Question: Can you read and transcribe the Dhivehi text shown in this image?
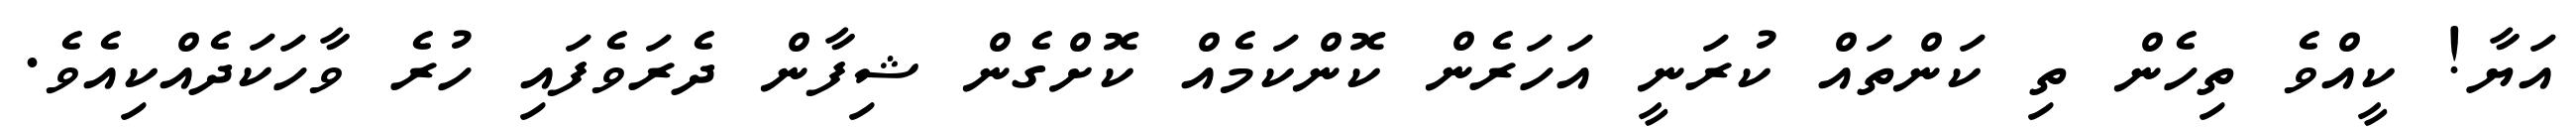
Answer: އަޔާ! ކީއްވެ ތިހެން ތި ކަންތައް ކުރަނީ އަހަރެން ކޮންކަމެއް ކޮށްގެން ޝިފާން ދެރަވެފައި ހުރެ ވާހަކަދެއްކިއެވެ.